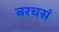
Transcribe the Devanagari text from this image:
बरचसं